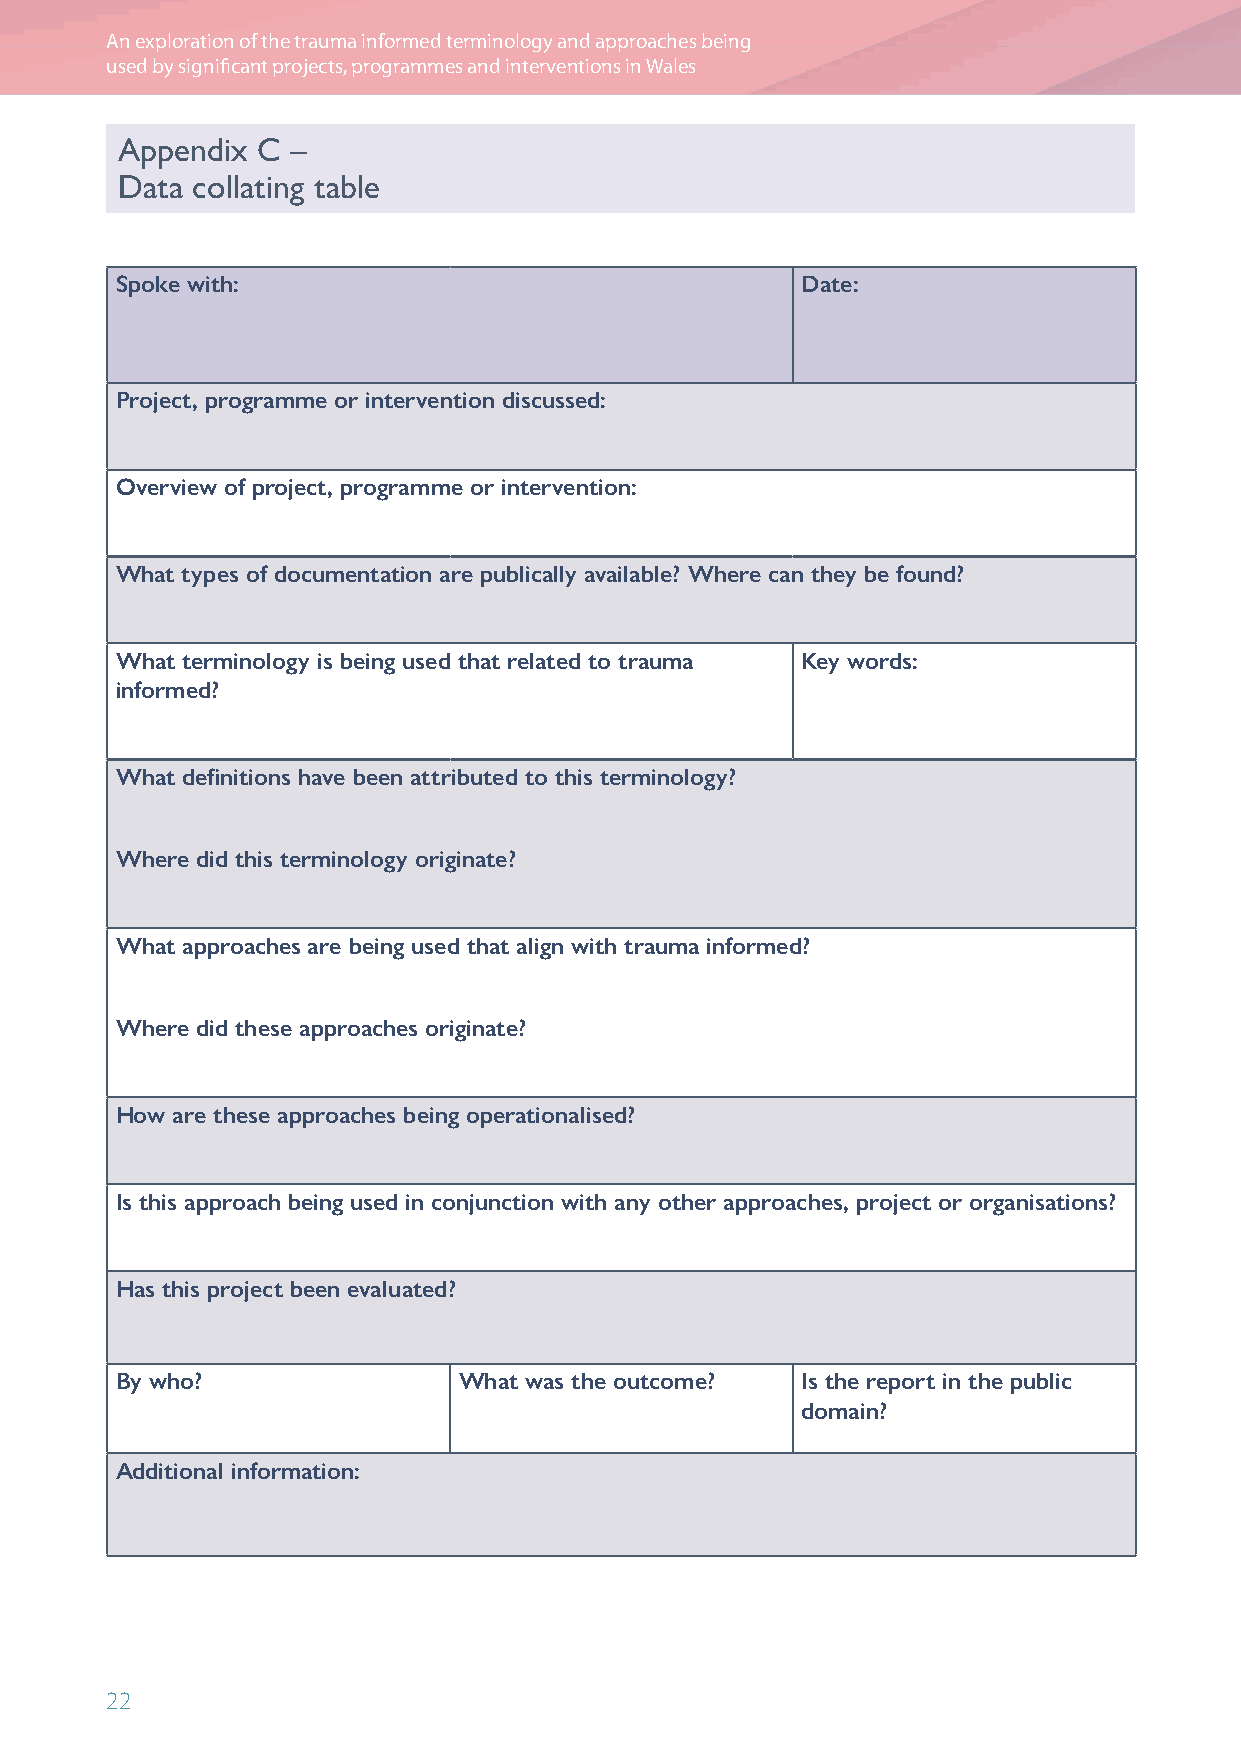
An exploration of the trauma informed terminology and approaches being
 used by significant projects, programmes and interventions in Wales
 Appendix C –
 Data collating table
 Spoke with:                                  Date:
 Project, programme or intervention discussed:
 Overview of project, programme or intervention:
 What types of documentation are publically available? Where can they be found?
 What terminology is being used that related to trauma Key words:
 informed?
 What definitions have been attributed to this terminology?
 Where did this terminology originate?
 What approaches are being used that align with trauma informed?
 Where did these approaches originate?
 How are these approaches being operationalised?
 Is this approach being used in conjunction with any other approaches, project or organisations?
 Has this project been evaluated?
 By who?               What was the outcome?  Is the report in the public
 domain?
 Additional information:
 22